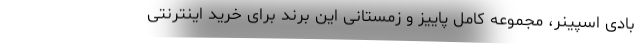
بادی اسپینر، مجموعه کامل پاییز و زمستانی این برند برای خرید اینترنتی